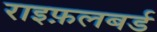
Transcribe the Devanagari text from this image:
राइफ़लबर्ड